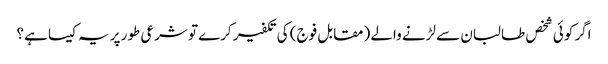
اگر کوئی شخص طالبان سے لڑنے والے (مقابل فوج) کی تکفیر کرے تو شرعی طور پر یہ کیسا ہے؟